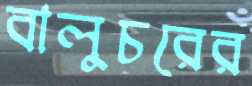
বালুচরের